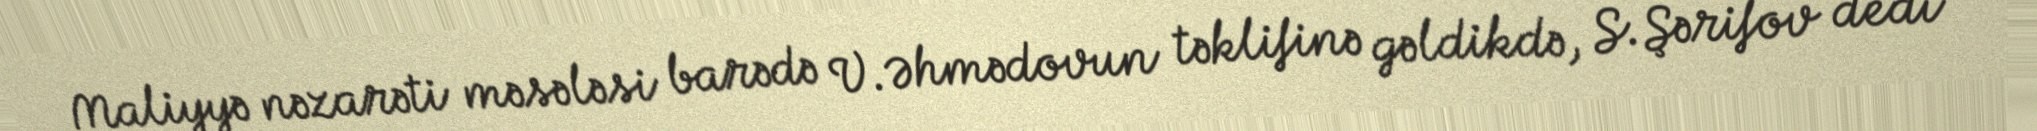
Maliyyə nəzarəti məsələsi barədə V.Əhmədovun təklifinə gəldikdə, S.Şərifov dedi